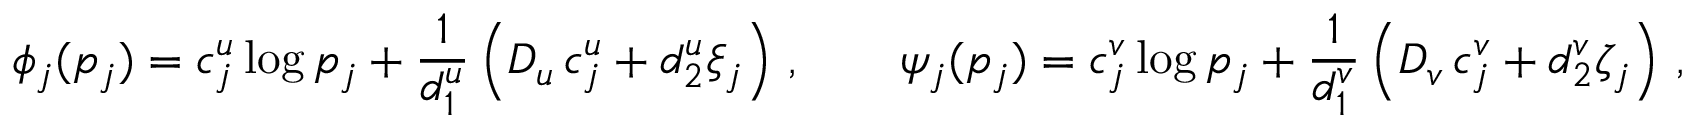
\phi _ { j } ( p _ { j } ) = c _ { j } ^ { u } \log p _ { j } + \frac { 1 } { d _ { 1 } ^ { u } } \left( D _ { u } \, c _ { j } ^ { u } + d _ { 2 } ^ { u } \xi _ { j } \right) \, , \qquad \psi _ { j } ( p _ { j } ) = c _ { j } ^ { v } \log p _ { j } + \frac { 1 } { d _ { 1 } ^ { v } } \left( D _ { v } \, c _ { j } ^ { v } + d _ { 2 } ^ { v } \zeta _ { j } \right) \, ,